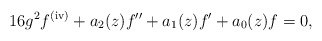
\begin{align*} 16g^2 f^{(\mathrm{iv})}+a_2(z)f'' +a_1(z)f'+ a_0(z)f=0,\end{align*}